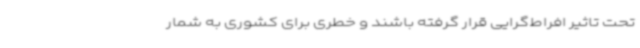
تحت تاثیر افراط‌گرایی قرار گرفته باشند و خطری برای کشوری به شمار